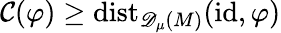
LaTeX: \mathcal{C}(\varphi)\geq\mathrm{dist}_{{\mathscr{D}_{\mu}(M)}}(\mathrm{id},\varphi)